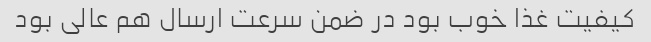
کیفیت غذا خوب بود در ضمن سرعت ارسال هم عالی بود